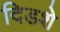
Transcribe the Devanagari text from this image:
दिडशे